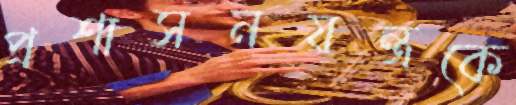
প্রশাসনযন্ত্রকে